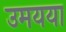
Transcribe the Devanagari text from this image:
उमयया